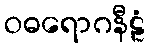
ဝဓရောဂနီဠံ